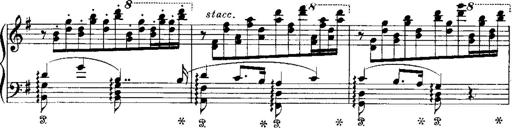
Title: RÃ©miniscences de Norma de Bellini
Composer: Franz Liszt